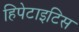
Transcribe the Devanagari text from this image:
हिपेटाइटिस